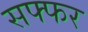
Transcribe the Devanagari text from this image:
सफ्फर